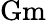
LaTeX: \mathrm{Gm}